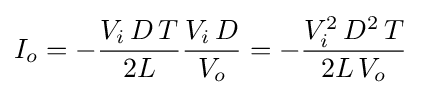
I_{o}=-{\frac {V_{i}\,D\,T}{2L}}{\frac {V_{i}\,D}{V_{o}}}=-{\frac {V_{i}^{2}\,D^{2}\,T}{2L\,V_{o}}}